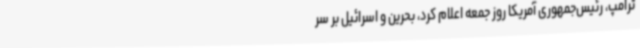
ترامپ، رئیس‌جمهوری آمریکا روز جمعه اعلام کرد، بحرین و اسرائیل بر سر